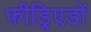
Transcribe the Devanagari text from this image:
फीड्रिएडों